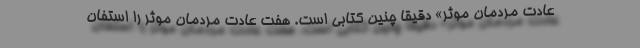
عادت مردمان موثر» دقیقا چنین کتابی است. هفت عادت مردمان موثر را استفان